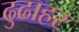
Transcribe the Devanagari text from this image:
ढुढाहर